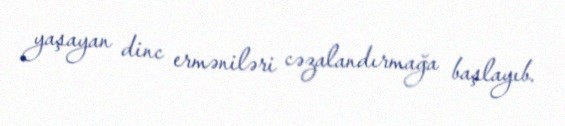
yaşayan dinc erməniləri cəzalandırmağa başlayıb.